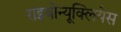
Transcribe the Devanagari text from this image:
राइबोन्यूक्लियेस